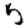
Digit: 5